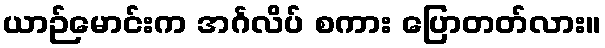
ယာဉ်မောင်းက အင်္ဂလိပ် စကား ပြောတတ်လား။